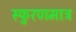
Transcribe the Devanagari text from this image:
स्फुरणमात्र